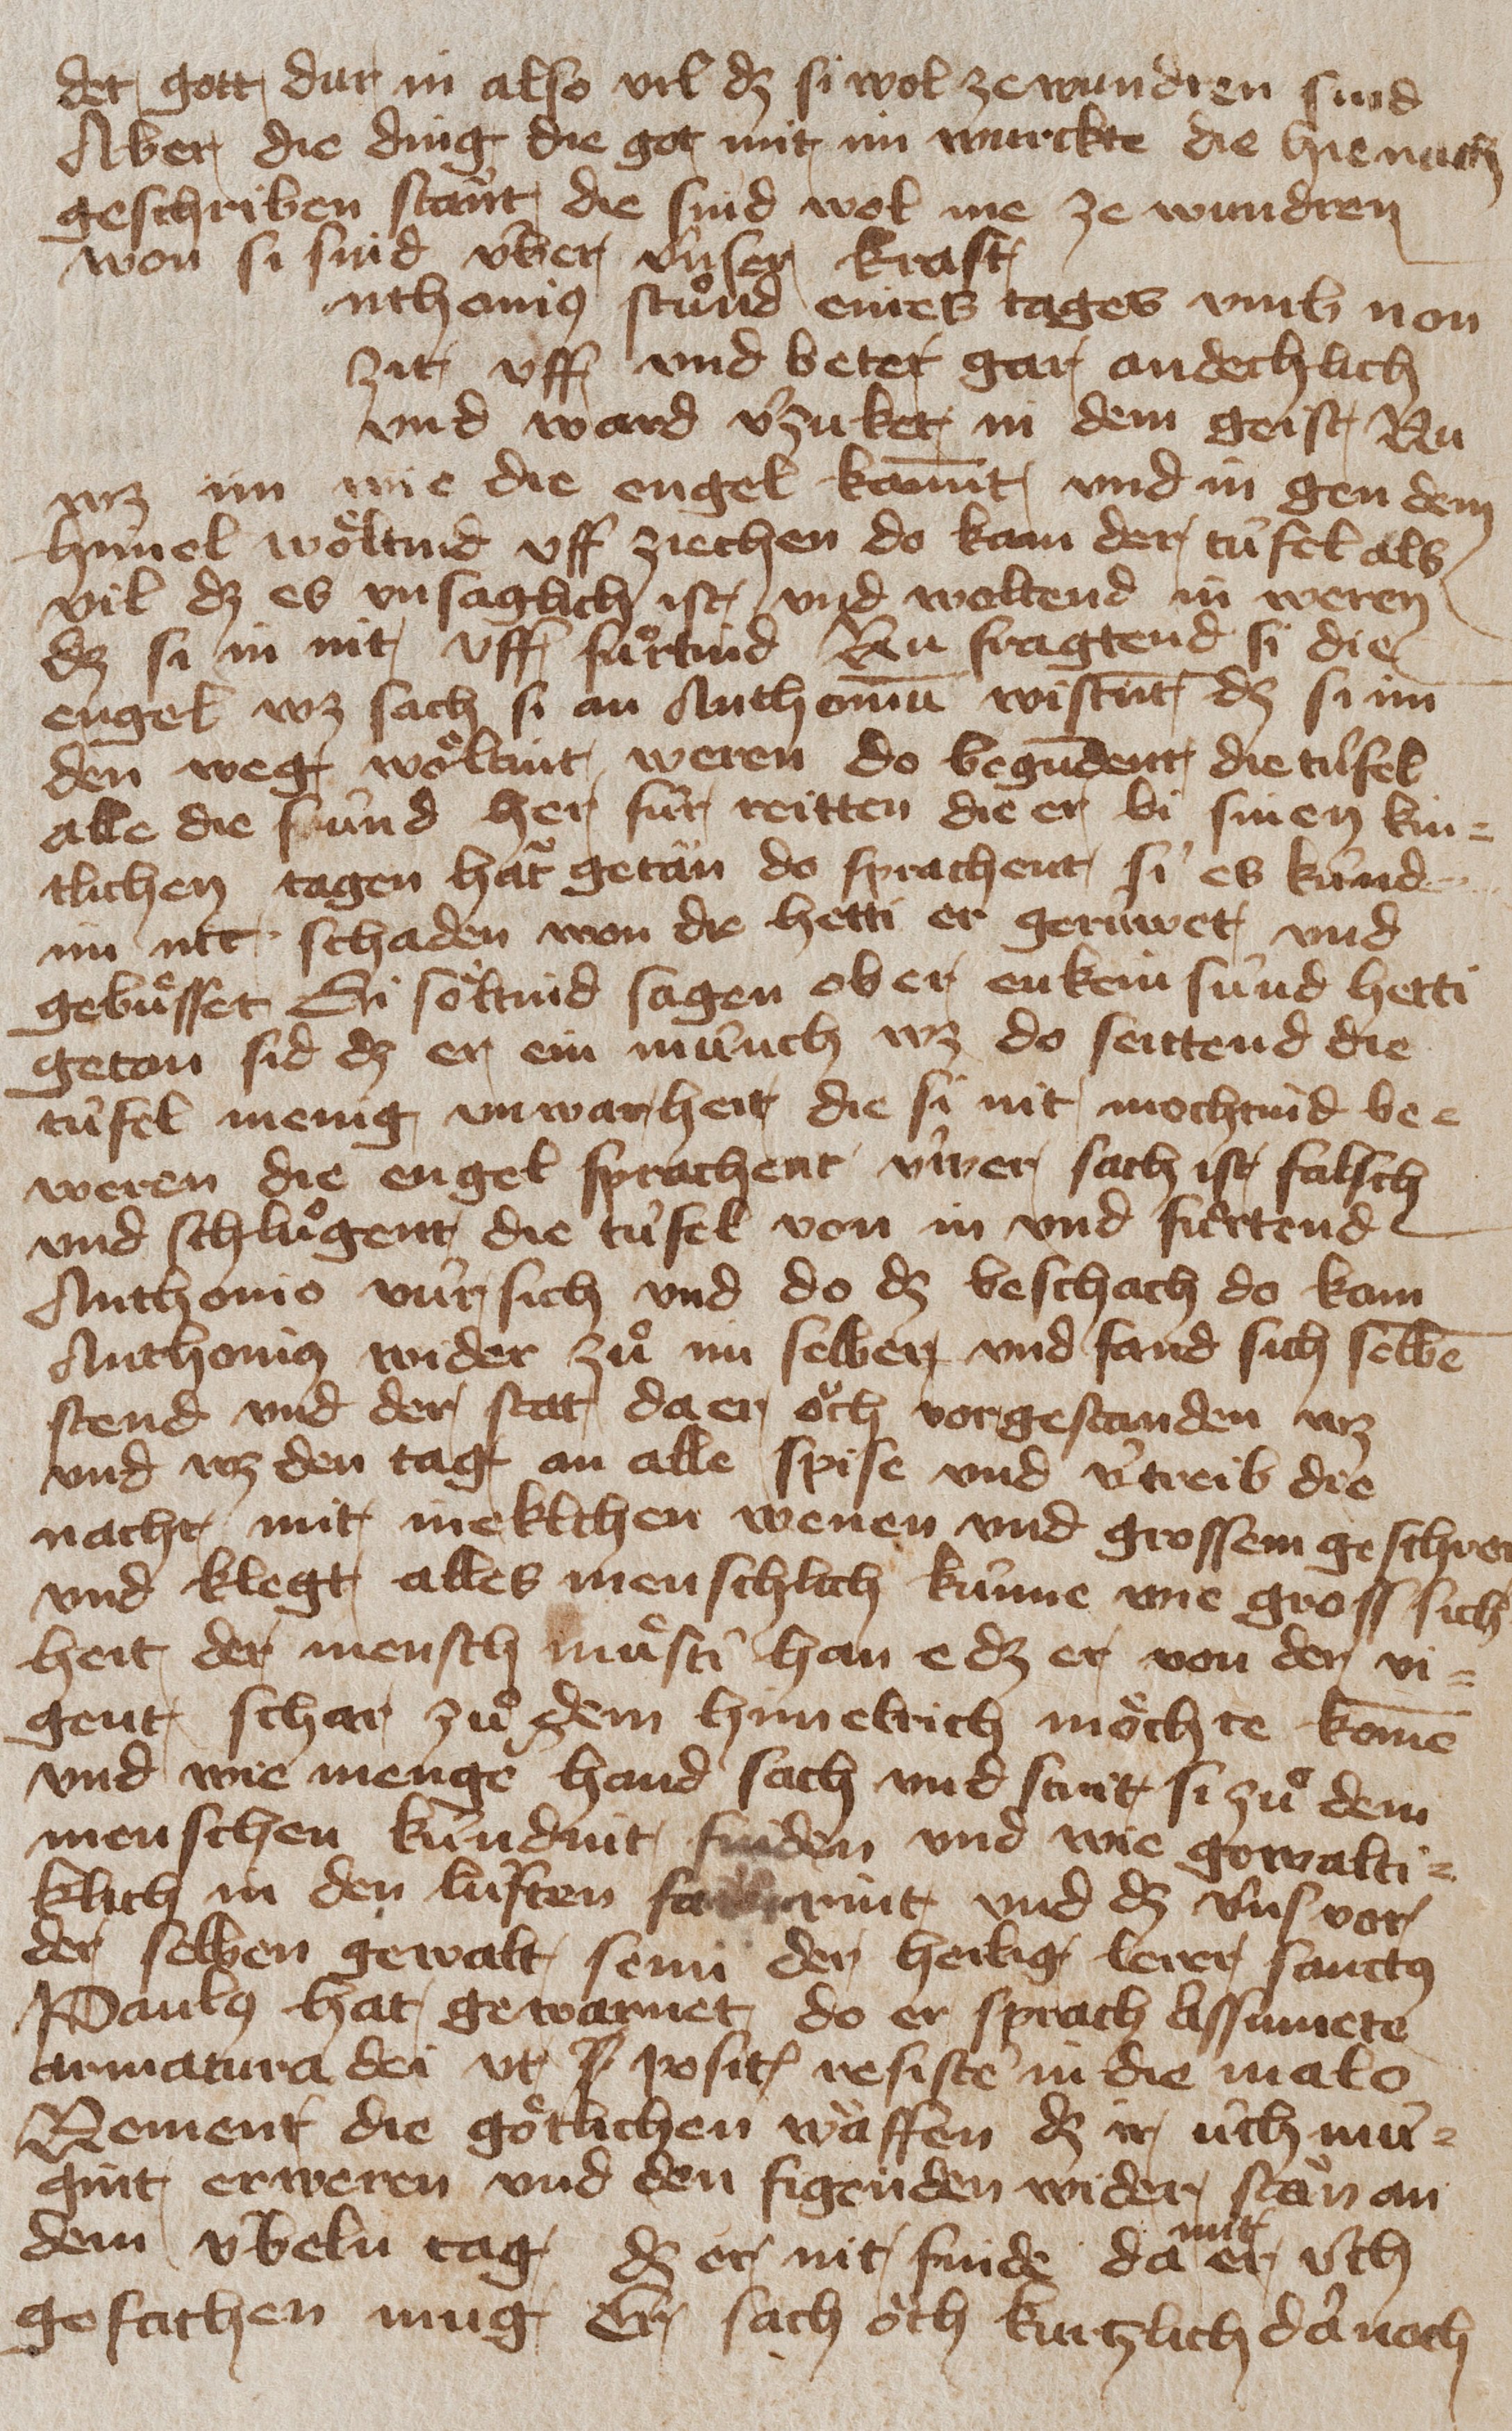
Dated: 1400–1449